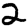
Digit: 2